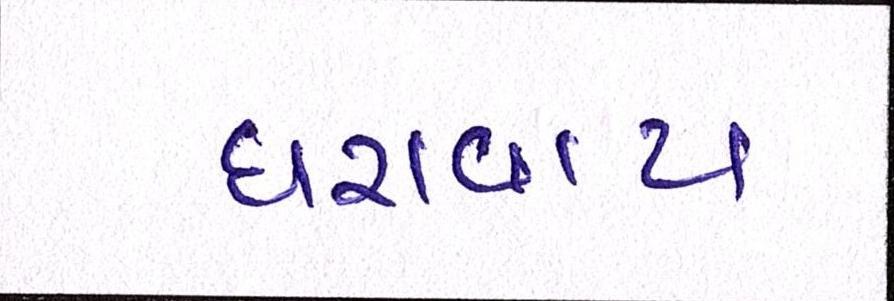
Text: ધરાવાય